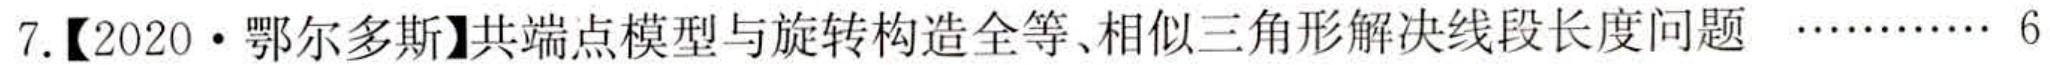
7.【2020·鄂尔多斯】共端点模型与旋转构造全等、相似三角形解决线段长度问题 $\cdots\cdots\cdots\cdots 6$